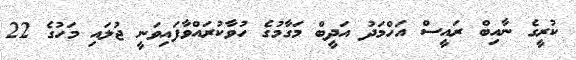
ކުރީގެ ނާއިބް ރައީސް އަހްމަދު އަދީބް މަގާމުގެ ހުވާކުރައްވާފައިވަނީ ޖުލައި މަހުގެ 22